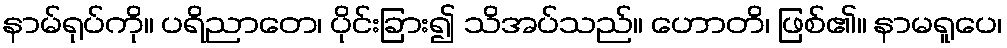
နာမ်ရုပ်ကို။ ပရိညာတေ၊ ပိုင်းခြား၍ သိအပ်သည်။ ဟောတိ၊ ဖြစ်၏။ နာမရူပေ၊